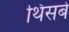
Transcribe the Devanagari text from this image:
थिसबे